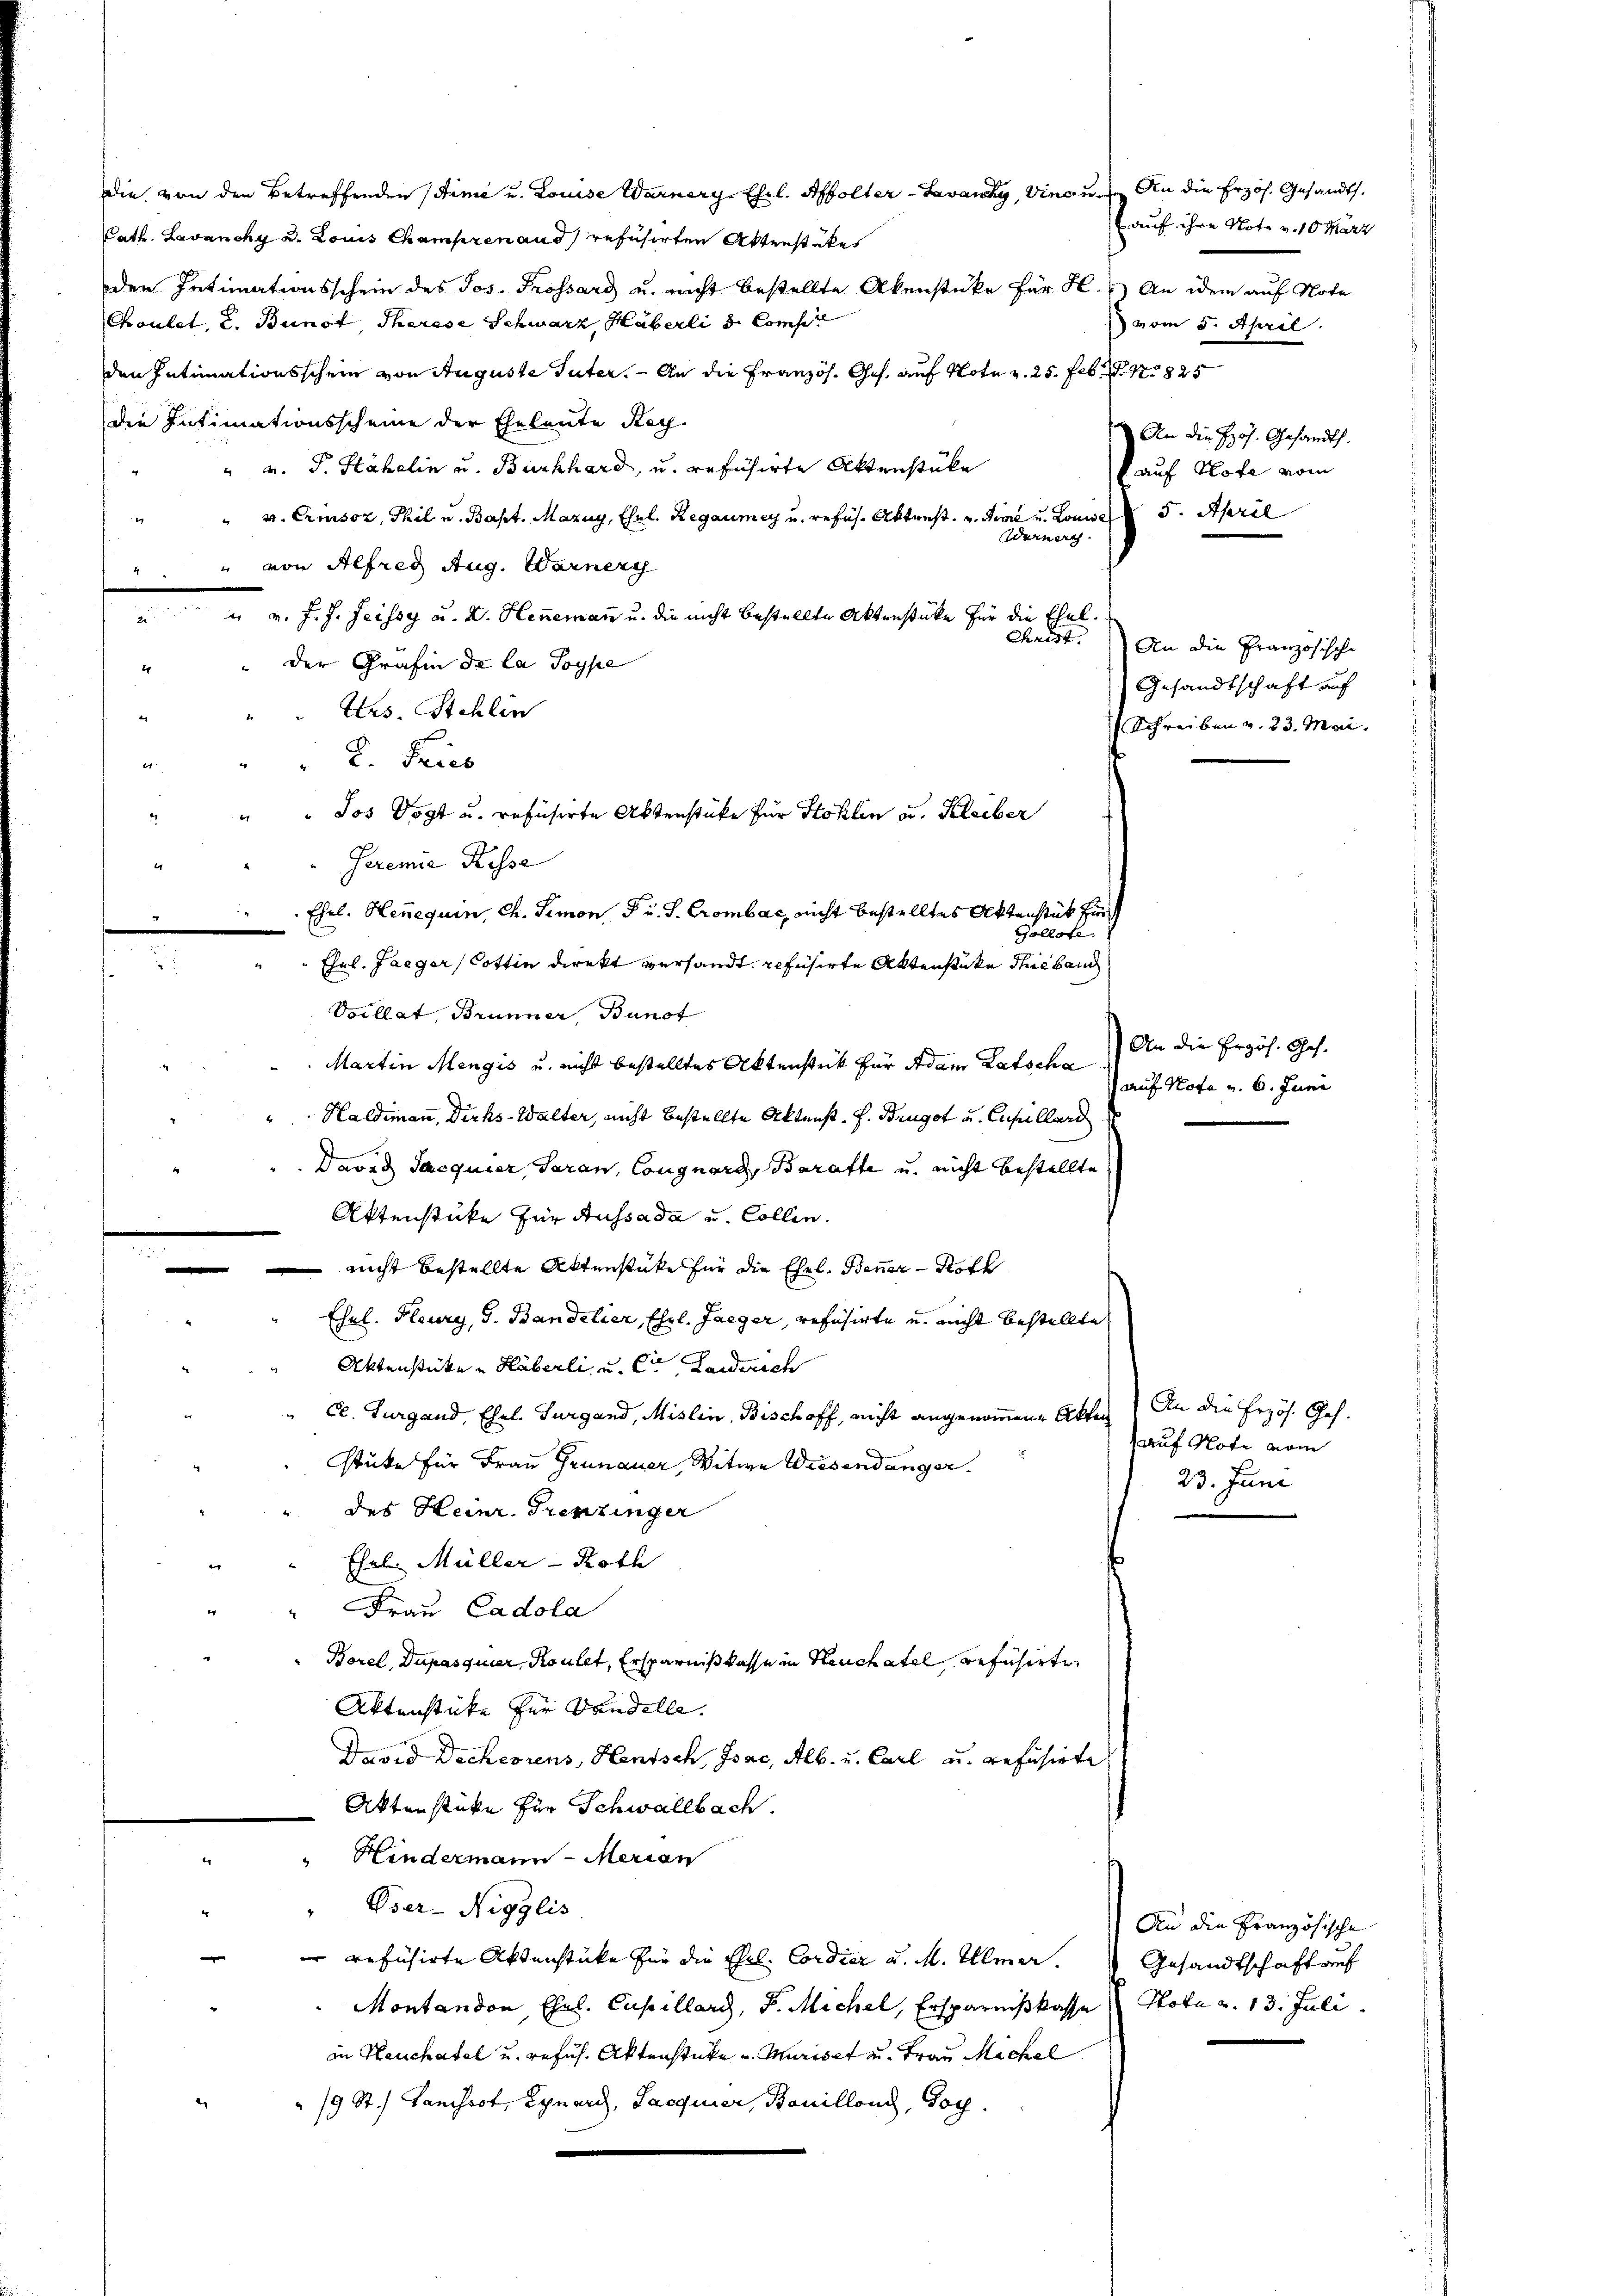
die von den Betreffenden (Stime u. Louise Warnery, Ehel. Affolter-Lavany, Vincu. An die Erzös. Gesandt.
Path. Lavanchy u. Louis Champrenand refusirten Aktenstates
den Intimationsschein des Jos. Prossard u. nicht bestellte Akenstüke für H. An idem auf Note
Choulet, u. Bunot, Therese Schwarz, Haberli d. Compe
den Intimationsschein von Auguste Guter. — An die Französ. Ges. auf Note v. 25. Feb. S. Nr. 825
die Intimationsscheine der Eheleute Rech¬
" v. J. Stahelin u. Burkhard, u. refusirte Aktenstüke
" u. Errusoz, Thil u. Bapt. Mazuy, Ehrl. Regaumer u. refus. Aktenst. v. Sie u. Louise 5. April
.
Werner
" von Alfred Aug. Warner
.
 v. J. J. Heissy a. D. Henemann u. die nicht bestellte Aktenstüke für die Ehelder Grafin de la Poype
2
Ites. Stehlin
2. Fries
i
Jeremie Kesse
2
Ehel. Henequin, Ch. Simon F. u. S. Crombac, nicht bestelltes Aktenstück für
s
Gollose.
Ehel. Jaeger, Cottin direkt versandt. refusirte Aktenstüke Thiebend
Vocllat, Brunner, Bunot
Martin Mengis u. nicht bestelltes Aktenstück für Adam Ratscha
Haldimann, Dirks-Walter, nicht bestellte Aktenst. F. Brugot u. Capellard
David Jacquier, daran, Congnard, Baratte u. nicht bestellte
Aktenstüke für Aussada und Collen.
 nicht bestellte Aktenstüke für die Ehel. Benner - Stoff
Esel. Flury, G. Bandelier, Ehrl. Jaeger, refusirte u. nicht bestellte
Aktenstücke - Häberli u. er Landerich
Ce. Turgand, Ehel. Purgand, Mislin, Bischoff, nicht angenommene Akten) An die Erzös. Ges.
stüke für Frau Grünauer, Witwe Wiesendanger
des Heinr. Grenzinger
Ehel. Müller - Roth
e
" Frau Cadola
Borel, Dupasquier, Koulet, Ersparniß kasse in Neuchâtel refusirte
Aktenstücke für Bandelle.
David Decherrens, Hensch, Isac, Alb. u. Carl u. geführete
Aktenstüke für Schwallbach.
" Hindermann - Merian
4
Pser-Nigzlis
e
refüsirte Aktenstücke für die Phil. Cordier u. M. Ullmer.
Montandon, Ehel. Cupillard, D. Michel, Ersparnißkasse (Nota a. 13. Juli.
in Neuchâtel u. refus. Aktenstücke u. Muriset u. Frau Michal
e
19 St. Gansrot, Gynary, Sacquier, Bonillons, Goy.

" " " Jos Vogt u. refusirte Aktenstüke für Stoklin u. Bleiber

E auf ihre Note v. 10 März
vom 5. April.
An die Hös. Gesandts
k auf Hofe vom

Christ. An die Französische
Gesandtschaft auf
Schreiben v. 23. Mai.

An die Erzöh. Ges.
(auf Hofe v. 6. Juni

auf Note vom
23. Juni

An die Französische
Gesandtschaft auf